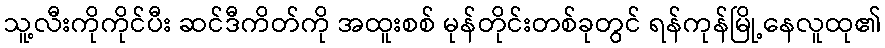
သူ့လီးကိုကိုင်ပီး ဆင်ဒီကိတ်ကို အထူးစစ် မုန်တိုင်းတစ်ခုတွင် ရန်ကုန်မြို့နေလူထု၏